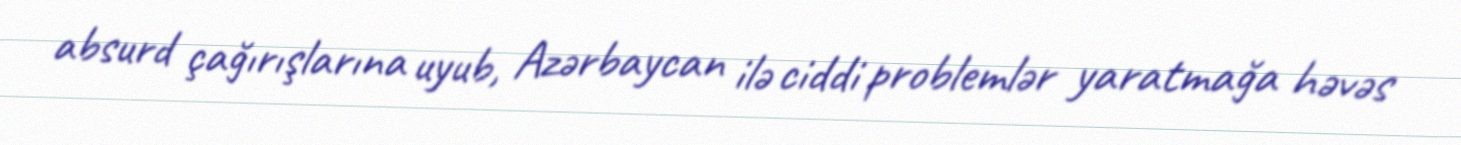
absurd çağırışlarına uyub, Azərbaycan ilə ciddi problemlər yaratmağa həvəs